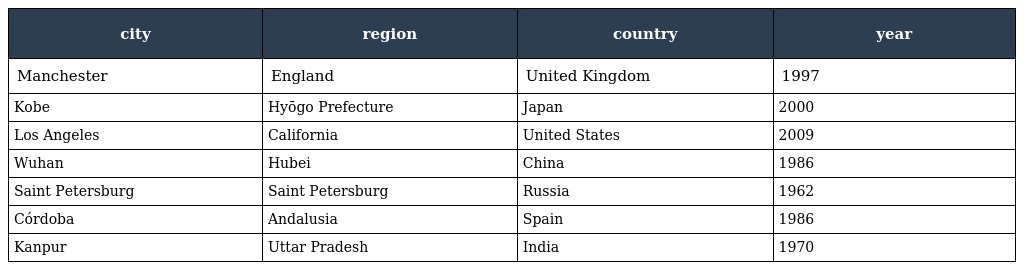
| city | region | country | year |
 | --- | --- | --- | --- |
 | Manchester | England | United Kingdom | 1997 |
 | Kobe | Hyōgo Prefecture | Japan | 2000 |
 | Los Angeles | California | United States | 2009 |
 | Wuhan | Hubei | China | 1986 |
 | Saint Petersburg | Saint Petersburg | Russia | 1962 |
 | Córdoba | Andalusia | Spain | 1986 |
 | Kanpur | Uttar Pradesh | India | 1970 |